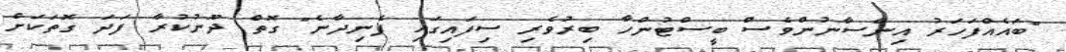
"ބައެއްފަހަރު އިންސާނުންވެސް ބީސްޓުންހާ ބިރުވެރި ސިފައިގައި ފެނިދާނެ" ގޮތް ދޫނުކުރާ ފަދަ ގޮތަކަށް